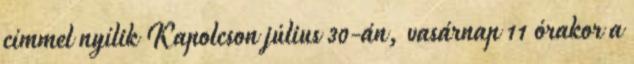
címmel nyílik Kapolcson július 30-án, vasárnap 11 órakor a